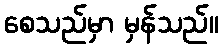
စေသည်မှာ မှန်သည်။